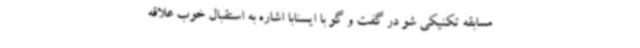
مسابقه تکنیکی ‌شو در گفت و گو با ایسنابا اشاره به استقبال خوب علاقه